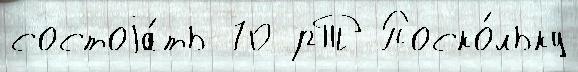
состоjа́ть 70 рТ Поско́льку